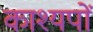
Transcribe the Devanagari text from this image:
काश्यपों